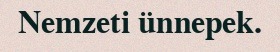
Nemzeti ünnepek.